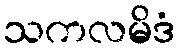
သကလမိဒံ